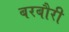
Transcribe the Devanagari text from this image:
बरबौरी